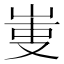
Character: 𠭏